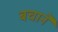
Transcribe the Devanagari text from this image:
बचानें